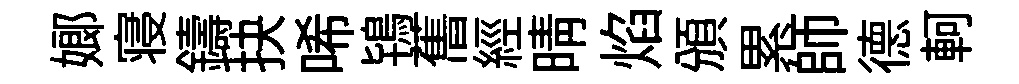
嫏寝鑄抉唏鴇𦾔經晴焰頒累師德軻